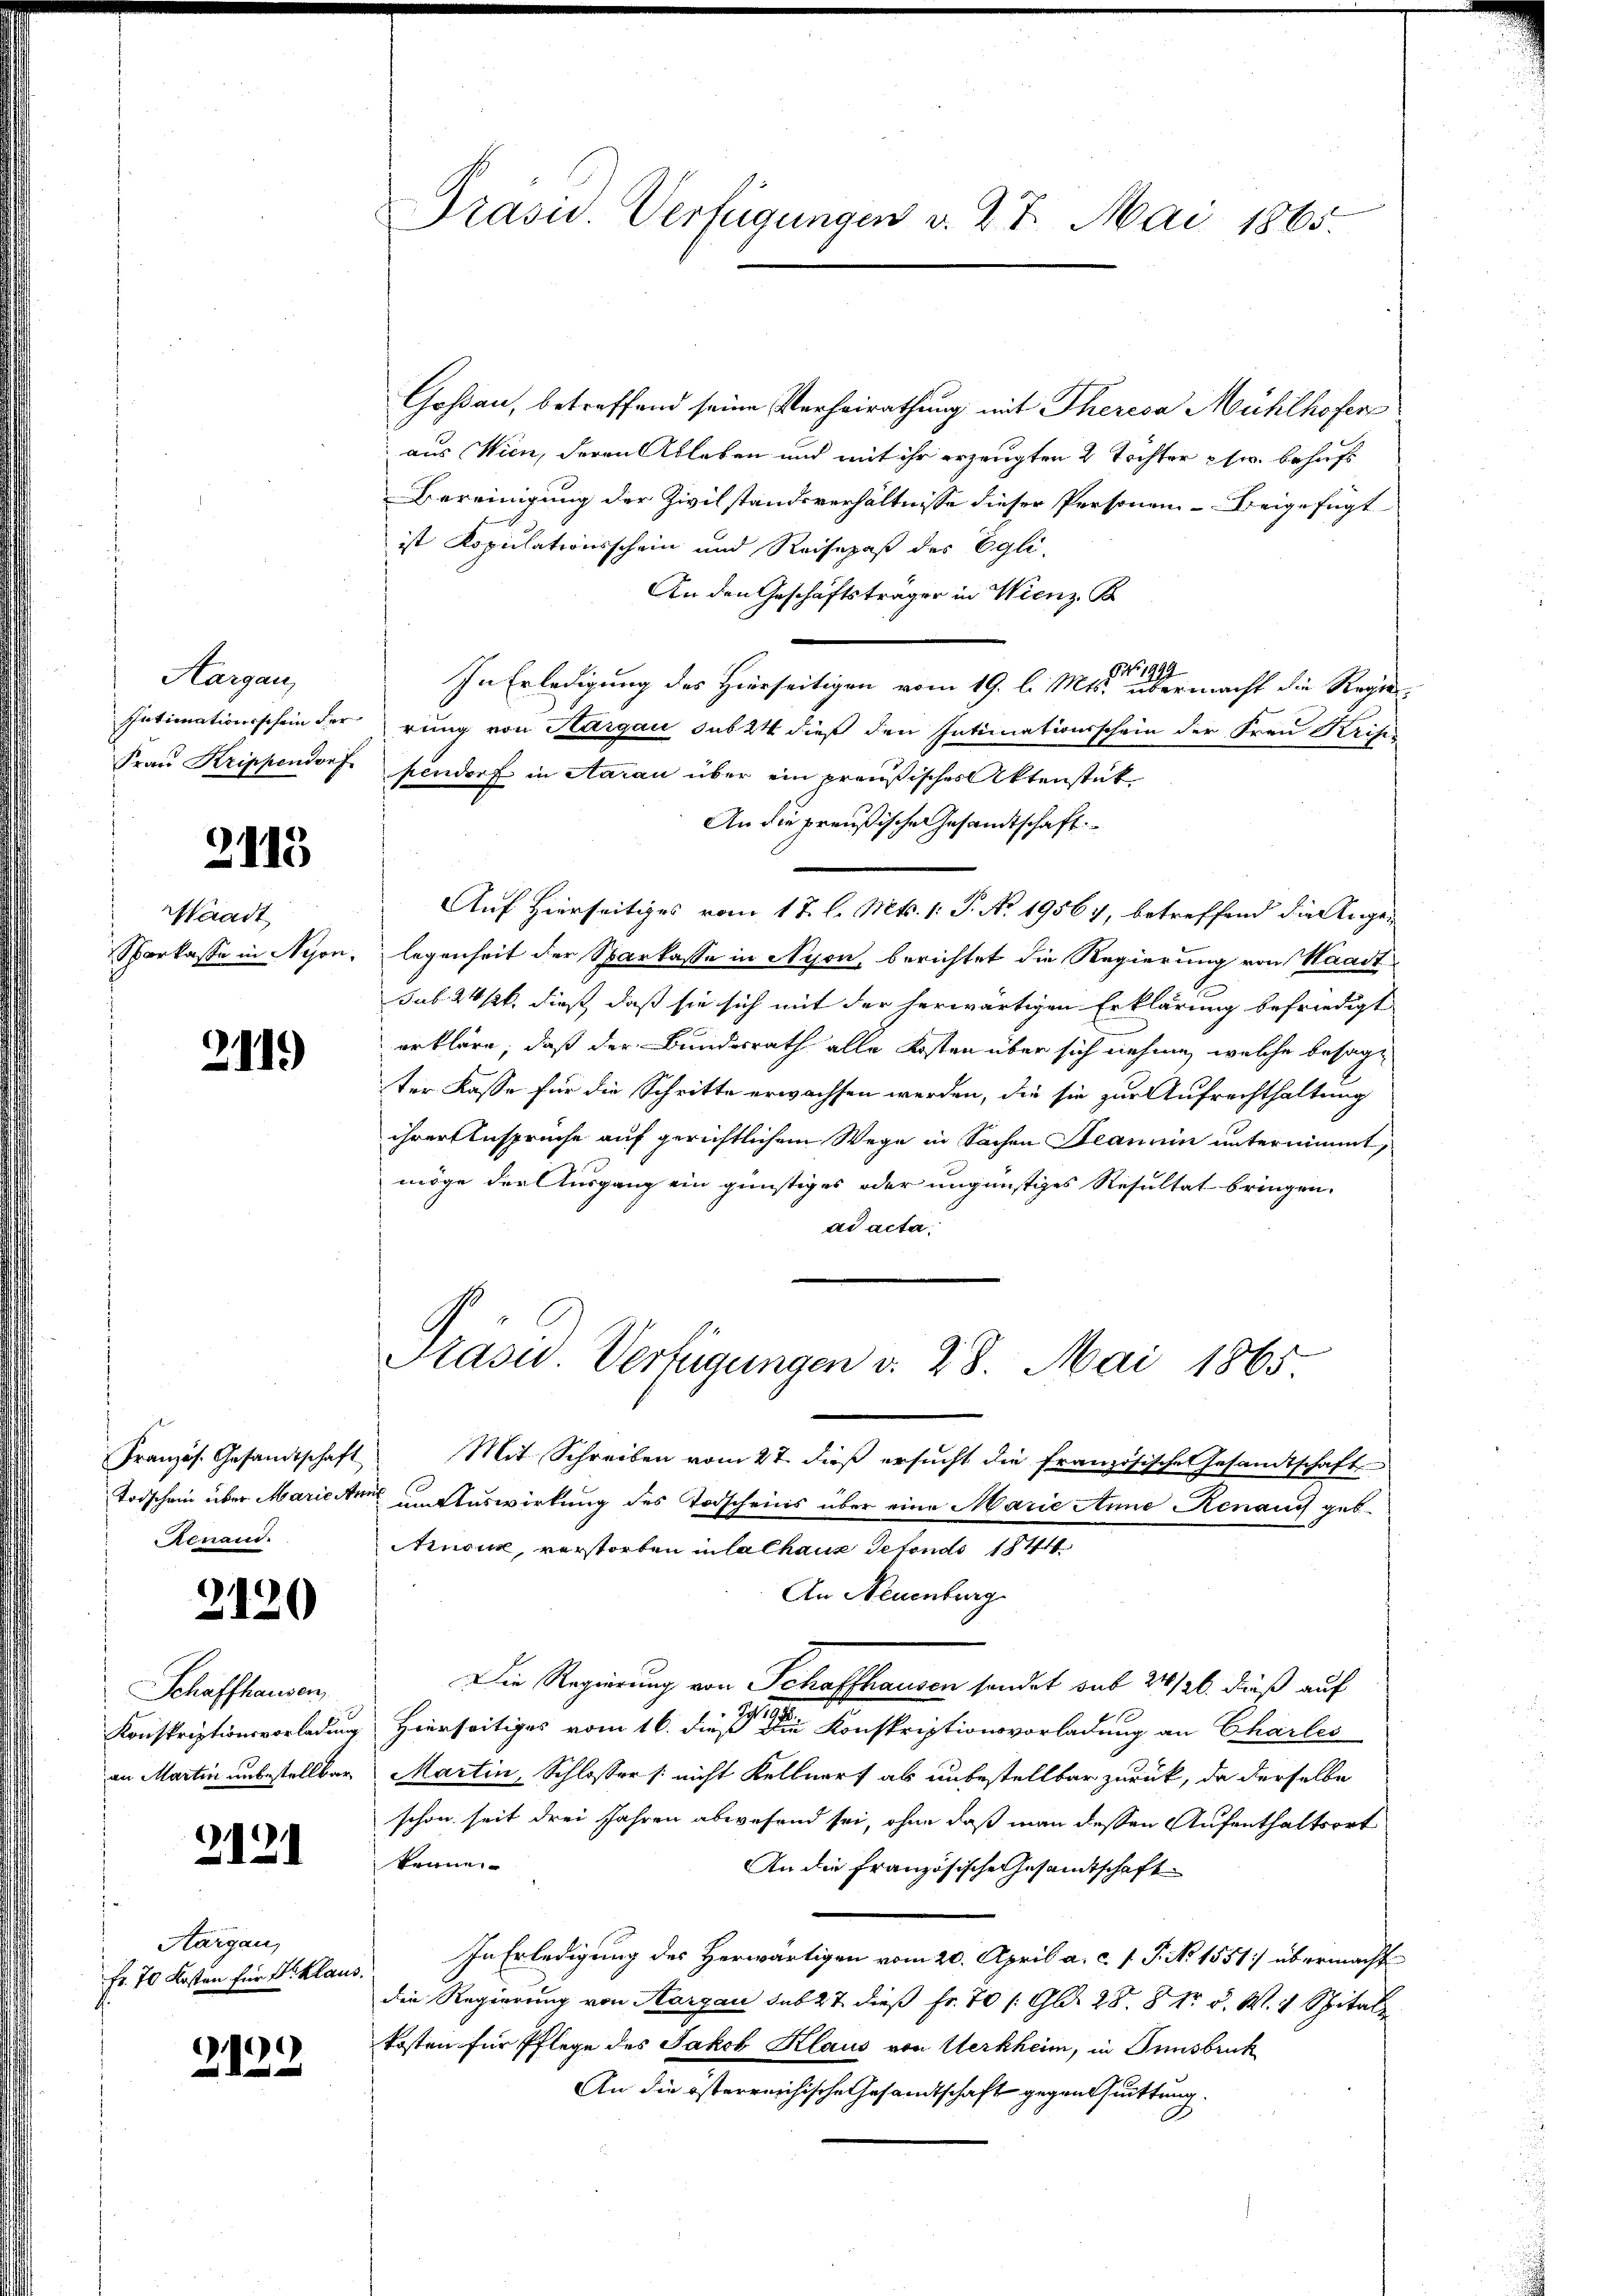
Hargau,
i

2113

Waadt
Sparkasse in Nyon.

2119

Französ. Gesandtschaft
Renaud.

2120

Schaffhausen,
Konskriptionsvorladung

2121

Aargau,
Fr. 70 Kosten für Sr. Klaus.

2122

Goßau, betreffend seine Verheirathung mit Theresa Mühlhofen
aus Wien, deren Ableben und mit ihr erzeugten 2 Töchter usw. behufs
Bereinigung der Zivilstandsverhältnisse dieser Personen Beigefügt
ist Kopulationsschein und Reisepaß des Egli,
An den Geschäftsträger in Wienz, B
19
In Erledigung des Hierseitigen vom 19. l. Mts. übermacht die Regie¬
Intimationsschein der rung von Aargau sub 24 dieß den Intimationsschein der Frau Krisis
Frau Krippendorf pendorf in Aarau über ein preußisches Aktenstüt¬
An die preußische Gesandtschaft
Auf Hierseitiges vom 17. l. Mts. 1. P. No. 1956, betreffend die Angelegenheit der Sparkasse in Nyon, berichtet die Regierung von Waadt
sub. 24 s. dieß, daß sie sich mit der herwärtigen Erklärung befriedigt
erkläre, daß der Bundesrath alle Kosten über sich nehme, welche besagter Kasse für die Schritte erwachsen werden, die sie zur Aufrechthaltung
ihrer Ansprüche auf gerichtlichem Wege in Sachen Beanuin unternimmt,
möge der Ausgang ein günstiges oder ungünstiges Resultat bringen.
ad acta.
Präsid. Verfügungen v. 28. Mai 1865
Mit Schreiben vom 27. dieß ersucht die französische Gesandtschaft
Todschein über Marierten um Auswirkung des Todscheins über eine Marie Anne Renau geb.
Arnock, verstorben in lalhaus detondo 1844
An Neuenburg
Die Regierung von Schaffhausen sondet sub 24/20. dieß auf
 Hierseitiges vom 16. dieß die Konskriptionsvorladung an Charles
an Martin unbestellbar Martin, Schlosser /: nicht Kellnert als unbestellbar zurück, da derselbe
schon seit drei Jahren abwesend sei, ohne daß man dessen Aufenthaltsort
kenne
An die Französische Gesandtschaft
In Erledigung des Herwärtigen vom 20. April a. c. 1 P. No 1551/ übermacht
die Regierung von Aargau sub 27. dieß fr. 70 /: Gld. 28. 8 t v. M. v. Spital
kosten für Pflege des Jakob Klaus von Werkheim, in Innsbruck
An die österreichische Gesamtschaft gegenthuittung.

Prasis. Verfügungen v. 27. Mai 1865.